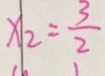
x _ { 2 } = \frac { 3 } { 2 }